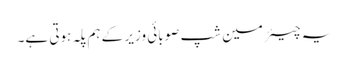
یہ چیئرمین شپ صوبائی وزیر کے ہم پلہ ہوتی ہے۔